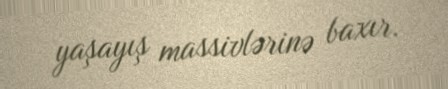
yaşayış massivlərinə baxır.